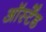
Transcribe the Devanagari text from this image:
ऑर्स्टेड